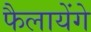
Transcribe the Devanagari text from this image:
फैलायेंगे